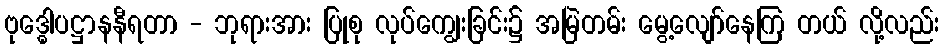
ဗုဒ္ဓေါပဋ္ဌာနနီရတာ - ဘုရားအား ပြုစု လုပ်ကျွေးခြင်း၌ အမြဲတမ်း မွေ့လျော်နေကြ တယ် လို့လည်း